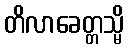
တိလာခေတ္တသ္မိ